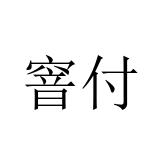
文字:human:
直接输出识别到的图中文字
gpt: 窨付